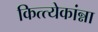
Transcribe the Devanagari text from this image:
कित्त्येकांन्ना